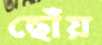
ছোঁয়